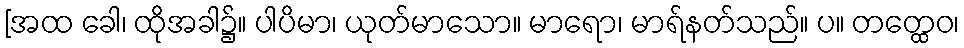
[အထ ခေါ၊ ထိုအခါ၌။ ပါပိမာ၊ ယုတ်မာသော။ မာရော၊ မာရ်နတ်သည်။ ပ။ တတ္ထေဝ၊